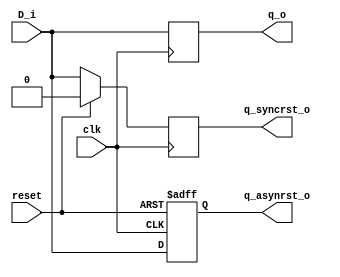
// Code your design here
module day3(
  input wire D_i,
  input wire clk,
  input wire reset,
  
  output reg q_o,
  output reg q_syncrst_o,
  output reg q_asynrst_o
);
  // DFF with no reset
  always@(posedge clk)
    q_o <= D_i;
  
   // DFF with synchronous reset
  always@(posedge clk )
    begin
      if(reset)
        q_syncrst_o<= 1'b0;
      else
        q_syncrst_o <= D_i;
    end
  
   // DFF with asynchronous reset
  
  always@(posedge clk or posedge reset)
    begin
      if(reset)
        q_asynrst_o<=1'b0;
      else
        q_asynrst_o<= D_i;
    end
endmodule